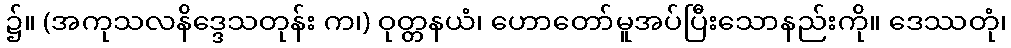
၌။ (အကုသလနိဒ္ဒေသတုန်း က၊) ဝုတ္တနယံ၊ ဟောတော်မူအပ်ပြီးသောနည်းကို။ ဒေဿတုံ၊